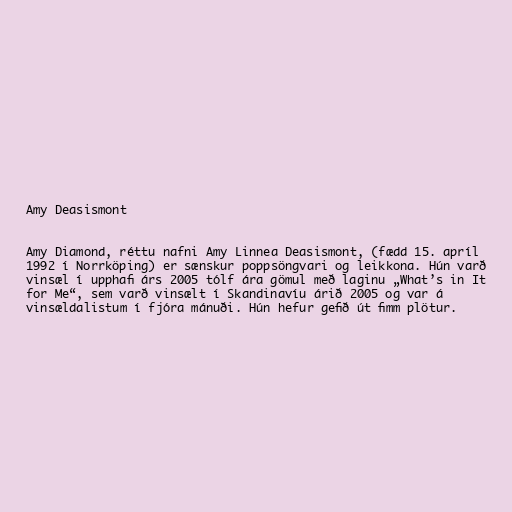
Amy Deasismont

Amy Diamond, réttu nafni Amy Linnea Deasismont, (fædd 15. apríl
1992 í Norrköping) er sænskur poppsöngvari og leikkona. Hún varð
vinsæl í upphafi árs 2005 tólf ára gömul með laginu „What’s in It
for Me“, sem varð vinsælt í Skandinavíu árið 2005 og var á
vinsældalistum í fjóra mánuði. Hún hefur gefið út fimm plötur.